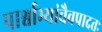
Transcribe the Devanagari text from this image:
पार्श्वाभ्यांचैवपादतः